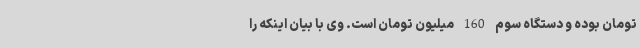
تومان بوده و دستگاه سوم 160 میلیون تومان است. وی با بیان اینکه را